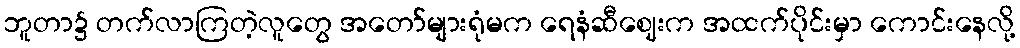
ဘူတာ၌ တက်လာကြတဲ့လူတွေ အတော်များရုံမက ရေနံဆီဈေးက အထက်ပိုင်းမှာ ကောင်းနေလို့